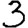
Digit: 3